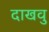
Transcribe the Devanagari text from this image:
दाखवु